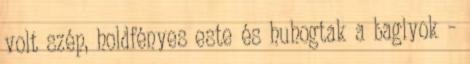
volt szép, holdfényes este és huhogtak a baglyok –